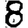
Digit: 8